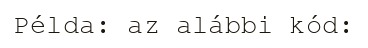
Példa: az alábbi kód: